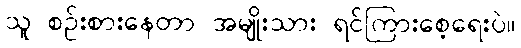
သူ စဉ်းစားနေတာ အမျိုးသား ရင်ကြားစေ့ရေးပဲ။